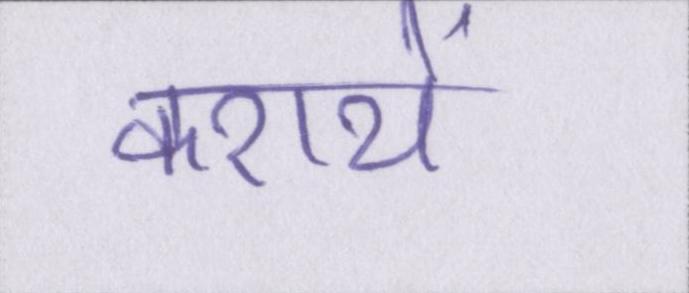
करायें